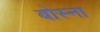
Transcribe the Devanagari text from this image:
बोस्ना